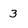
Character: 3